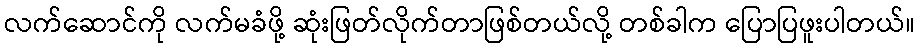
လက်ဆောင်ကို လက်မခံဖို့ ဆုံးဖြတ်လိုက်တာဖြစ်တယ်လို့ တစ်ခါက ပြောပြဖူးပါတယ်။